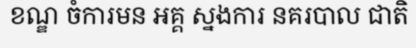
ខណ្ឌ ចំការមន អគ្គ ស្នងការ នគរបាល ជាតិ